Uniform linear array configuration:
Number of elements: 48
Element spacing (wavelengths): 0.25
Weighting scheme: uniform
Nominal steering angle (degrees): -60
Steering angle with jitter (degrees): -58.692
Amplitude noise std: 0.05
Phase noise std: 0.05

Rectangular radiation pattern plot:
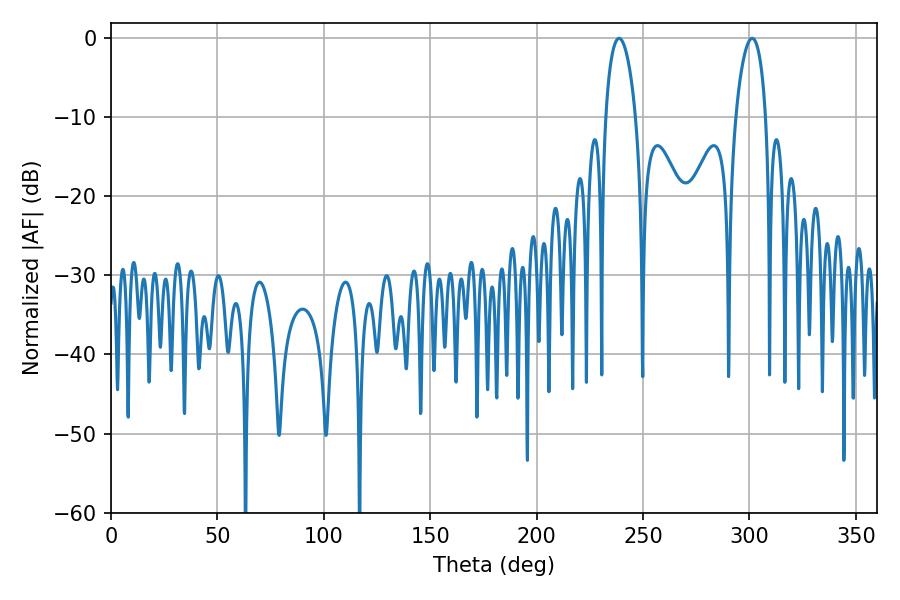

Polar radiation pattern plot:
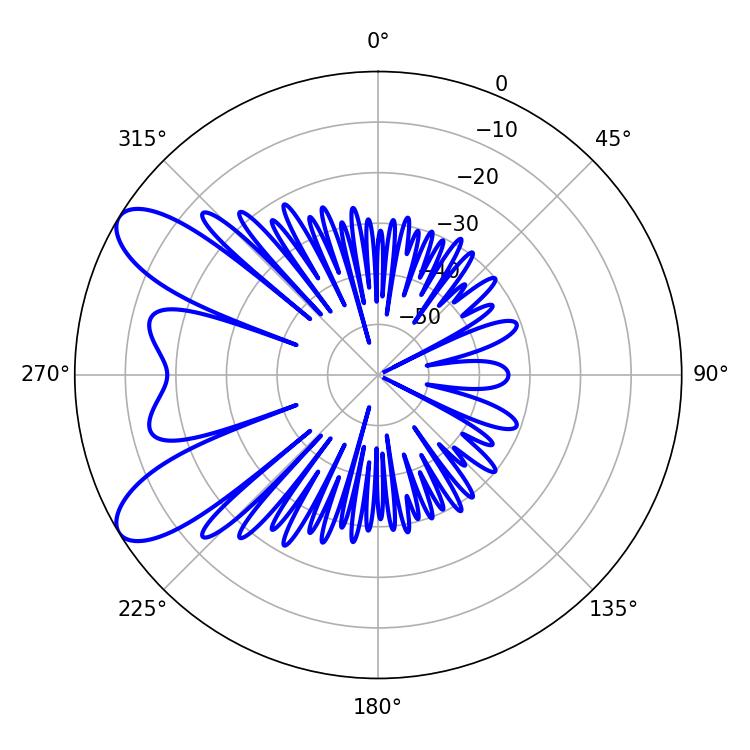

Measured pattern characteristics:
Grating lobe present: FALSE
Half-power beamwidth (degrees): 8.1
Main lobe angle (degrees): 238.68